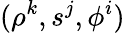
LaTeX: (\rho^{k},s^{j},\phi^{i})